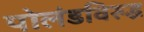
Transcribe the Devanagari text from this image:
पोलंडविरुद्ध